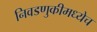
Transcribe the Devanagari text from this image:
निवडणुकीमध्येच